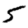
Digit: 5